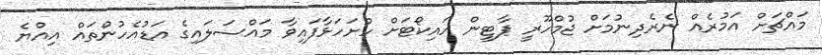
މައްޗަށް އަމުރެއް ނެރެދިނުމަށް ޖުމްހޫރީ ޕާޓީން ހައިކޯޓަށް ހުށަހަޅާފައިވާ މައްސަލައިގެ އަޑުއެހުންތައް އިއްޔެ